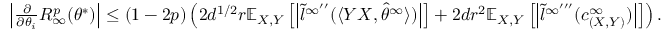
\begin{array} { r } { \left| \frac { \partial } { \partial \theta _ { i } } R _ { \infty } ^ { p } ( \theta ^ { * } ) \right| \leq ( 1 - 2 p ) \left( 2 d ^ { 1 / 2 } r \mathbb { E } _ { X , Y } \left[ \left| \tilde { l } ^ { \infty ^ { \prime \prime } } ( \langle Y X , \hat { \theta } ^ { \infty } \rangle ) \right| \right] + 2 d r ^ { 2 } \mathbb { E } _ { X , Y } \left[ \left| \tilde { l } ^ { \infty ^ { \prime \prime \prime } } ( c _ { ( X , Y ) } ^ { \infty } ) \right| \right] \right) . } \end{array}